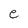
Character: e